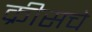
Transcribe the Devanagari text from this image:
क्रीसचे